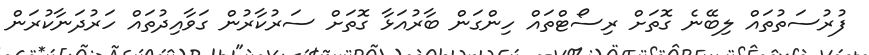
ފުރުސަތުތައް ލިބޭނެ ގޮތަށް ރިސޯޓްތައް ހިންގަން ބާރުއަޅާ ގޮތަށް ސަރުކާރުން ގަވާއިދުތައް ހަރުދަނާކުރަން